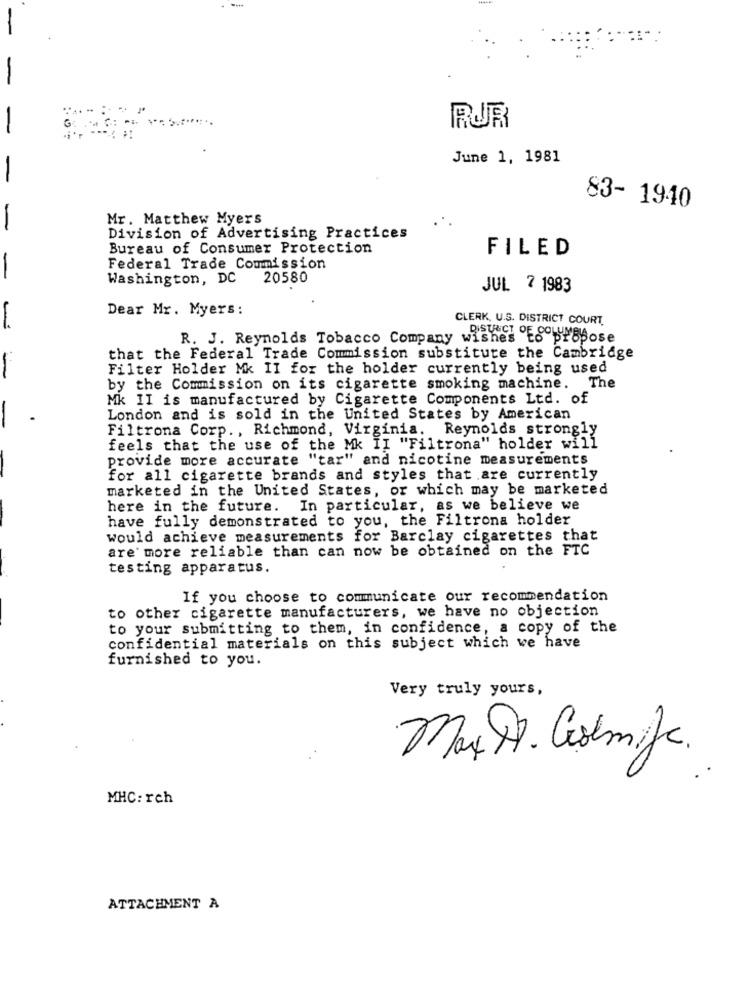
RUR
June 1, 1981
-
83- 1940
Mr. Matthew Myers
-
Division of Advertising Practices
Bureau of Consumer Protection
FILED
-
Federal Trade Commission
Washington, DC 20580
JUL 2 1983
Dear Mr. Myers:
CLERK, U.S. DISTRICT COURT.
R. J. Reynolds Tobacco Company wishes to
that the Federal Trade Commission substitute the Cambridge
Filter Holder Mk II for the holder currently being used
by the Commission on its cigarette smoking machine. The
Mk II is manufactured by Cigarette Components Ltd. of
London and is sold in the United States by American
Filtrona Corp. , Richmond, Virginia. Reynolds strongly
feels that the use of the Mk II "Filtrona" holder will
provide more accurate "tar" and nicotine measurements
for all cigarette brands and styles that are currently
marketed in the United States, or which may be marketed
here in the future. In particular, as we believe we
have fully demonstrated to you, the Filtrona holder
would achieve measurements for Barclay cigarettes that
are' more reliable than can now be obtained on the FTC
testing apparatus.
If you choose to communicate our recommendation
to other cigarette manufacturers, we have no objection
to your submitting to them, in confidence, a copy of the
confidential materials on this subject which we have
furnished to you.
Very truly yours,
Max H. Gotmilk.
MHC: rch
ATTACHMENT A